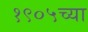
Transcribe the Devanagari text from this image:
१९०५च्या